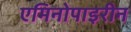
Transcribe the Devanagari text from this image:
एमिनोपाइरीन